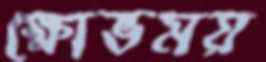
ক্ষোভময়